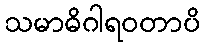
သမာဓိဂါရဝတာပိ